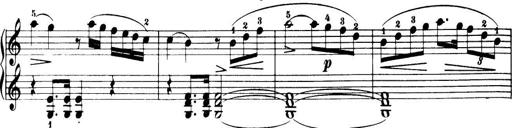
Title: 32 Sonatinas and Rondos for the Piano
Composer: Richard Kleinmichel